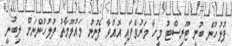
ފުލުހުން ބުނީ ޓޫރިސްޓު މީހާ މަރުވެފައި އޮއްވާ ފެނުނު މައުލޫމާތު ފުލުހުންނަށް ލިބުނީ